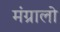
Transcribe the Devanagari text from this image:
मंग्रालो